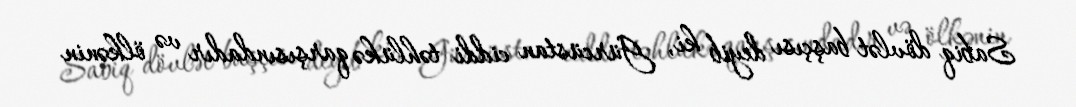
Sabiq dövlət başçısı deyib ki, Gürcüstan ciddi təhlükə qarşısındadır və ölkənin